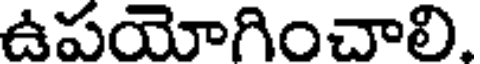
ఉపయోగించాలి.